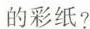
的彩纸?